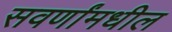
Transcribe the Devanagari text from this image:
सवर्णांमधील